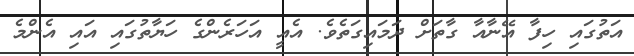
އަތުގައި ހިފާ އޭނާއާ ގާތަށް ދަމައިގަތެވެ. އެއީ އަހަރެންގެ ހަޔާތުގައި އައި އެންމެ